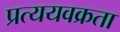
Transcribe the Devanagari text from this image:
प्रत्ययवक्रता